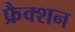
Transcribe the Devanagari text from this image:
फ्रैक्शन